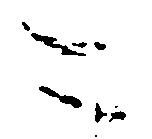
ニ